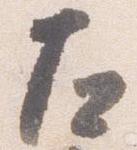
左